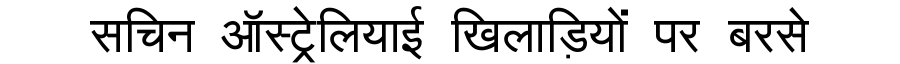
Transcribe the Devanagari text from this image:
सचिन ऑस्ट्रेलियाई खिलाड़ियों पर बरसे